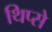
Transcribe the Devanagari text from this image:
थिप्से